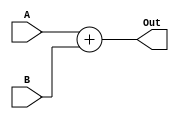
module Adder(
input [63:0] A, B,
 output [63:0] Out
 );
 
 assign Out= A+B;
 
 
 endmodule